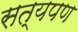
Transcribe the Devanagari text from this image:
सत्यपण